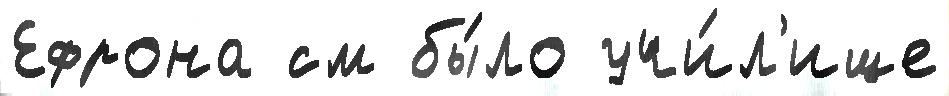
Ефрона см бы́ло учи́л'ище